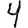
Digit: 4